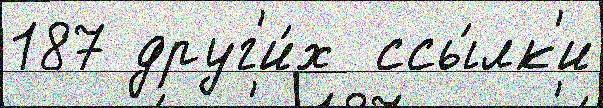
187 друг'и́х  ссы́лк'и